Vaccination United Provinces of Agra and Oudh 1902-1913 - 1902-1913
Year: 1902
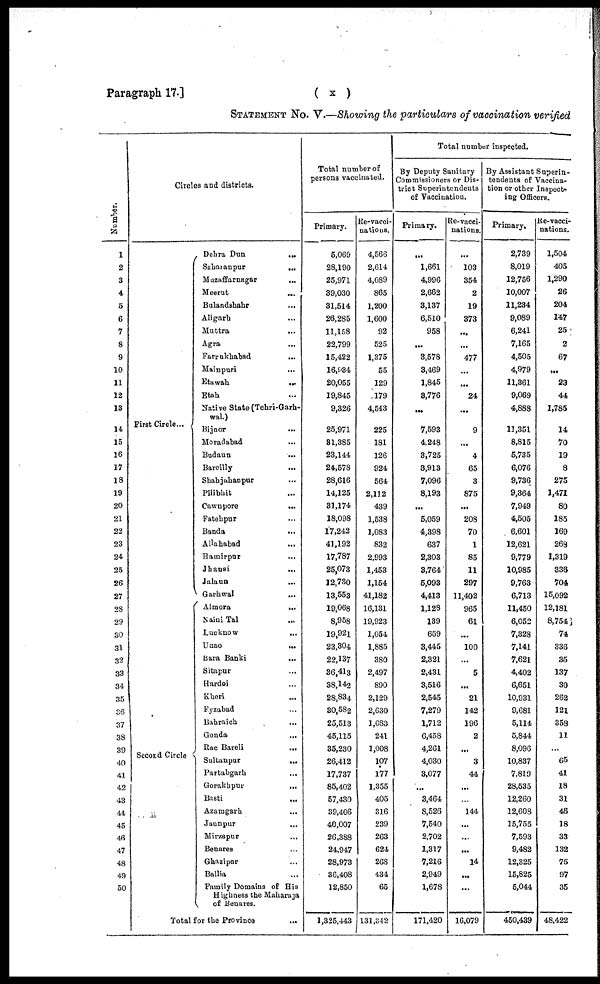
Paragraph 17.]
( x )
STATEMENT No. V.—Showing the particulars of vaccination verified
Number.
1
2
3
4
5
6
7
8
9
10
11
12
13
14
15
16
17
18
19
20
21
22
23
24
25
26
27
28
29
30
31
32
33
34
35
36
37
38
39
40
41
42
43
44
45
46
47
48
49
50
Circles and districts.
First Circle ...
Second Circle
Dehra Dun
...
Saharanpur
...
Muzaffarnagar ...
Meerut ...
Bulandshahr ...
Aligarh ...
Muttra ...
Agra ...
Farrukhabad ...
Mainpuri ...
Etawah
...
Etah ...
Native State (Tehri-Garh¬
wal.)
Bijnor ...
Moradabad ...
Budaun
...
Bareilly ...
Shahjahanpur ...
Pilibhit ...
Cawnpore
...
Fatehpur ...
Banda
...
Allahabad ...
Hamirpur ...
Jhansi ...
Jalaun ...
Garhwal ...
Almora
...
Naini Tal ...
Lucknow ...
Unao
...
Bara Banki ...
Sitapur ...
Hardoi ...
Kheri
...
Fyzabad ...
Bahraich
...
Gonda ...
Rae Bareli ...
Sultanpur
...
Partabgarh ...
Gorakhpur
...
Basti ...
Azamgarh ...
Jaunpur
...
Mirzapur
...
Benares ...
Ghazipur ...
Ballia ...
Family Domains of His
Highness the Maharaja
of Benares.
Total for the Province ...
Total number of
persons vaccinated.
Primary.
5,069
28,190
25,971
39,030
31,514
26,285
11,158
22,799
15,422
16,934
20,055
19,845
9,326
25,971
31,385
23,144
24,578
28,616
14,125
31,174
18,098
17,242
41,192
17,787
25,073
12,730
13,553
19,068
8,958
19,921
23,304
22,137
36,413
38,142
28,834
30,582
25,513
45,115
35,230
26,412
17,737
85,402
57,430
39,406
40,007
26,388
24,947
28,973
36,408
12,850
1,325,443
Re-vacci-
nations.
4,566
2,614
4,089
865
1,200
1,600
92
525
1,375
55
129
179
4,543
225
181
126
924
564
2,112
439
1,538
1,083
832
2,993
1,453
1,154
41,182
16,131
19,923
1,054
1,885
380
2,497
890
2,129
2,630
1,683
241
1,008
107
177
1,355
405
316
239
263
624
268
434
65
131,342
Total number inspected.
By Deputy Sanitary
Commissioners or Dis-
trict Superintendents
of Vaccination.
Primary.
...
1,661
4,996
2,662
3,137
6,510
958
. ..
3,578
3,469
1,845
3,776
...
7,593
4,248
3,725
3,913
7,096
8,193
...
5,059
4,398
637
2,303
3,764
5,093
4,413
1,128
139
659
3,445
2,321
2,431
3,516
2,545
7,279
1,712
6,458
4,261
4,030
3,077
...
3,464
8,526
7,540
2,702
1,317
7,216
2,949
1,678
171,420
Re-vacci-
nations.
...
103
354
2
19
373
...
...
477
...
...
24
...
9
...
4
65
3
875
...
208
70
1
85
11
297
11,402
965
61
...
100
...
5
...
21
142
196
2
...
3
44
...
...
144
...
...
...
14
...
...
16,079
By Assistant Superin-
tendents of Vaccina-
tion or other Inspect-
ing Officers.
Primary.
2,739
8,019
12,756
10,007
11,234
9,089
6,241
7,165
4,505
4,979
11,361
9,069
4,888
11,351
8,815
5,735
6,076
9,736
9,364
7,949
4,505
6,601
12,621
9,779
10,985
9,763
6,713
11,450
6,052
7,328
7,141
7,621
4,402
6,651
10,931
9,681
5,114
5,844
8,096
10,837
7,819
28,535
12,260
12,608
15,755
7,593
9,482
12,325
15,825
5,044
450,439
Re-vacci¬
nations.
1,504
405
1,290
26
204
147
25
2
67
...
23
44
1,785
14
70
19
8
275
1,471
80
185
169
268
1,319
336
704
15,092
12,181
8,754
74
336
35
137
30
262
121
358
11
...
65
41
18
31
46
18
33
132
75
97
35
48,422